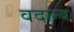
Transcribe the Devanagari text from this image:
वदान्य